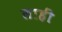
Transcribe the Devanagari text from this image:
लाहीं